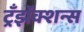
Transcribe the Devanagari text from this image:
ट्रँझॅक्शन्स